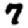
Digit: 7